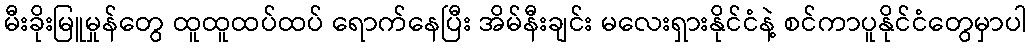
မီးခိုးမြူမှုန်တွေ ထူထူထပ်ထပ် ရောက်နေပြီး အိမ်နီးချင်း မလေးရှားနိုင်ငံနဲ့ စင်ကာပူနိုင်ငံတွေမှာပါ